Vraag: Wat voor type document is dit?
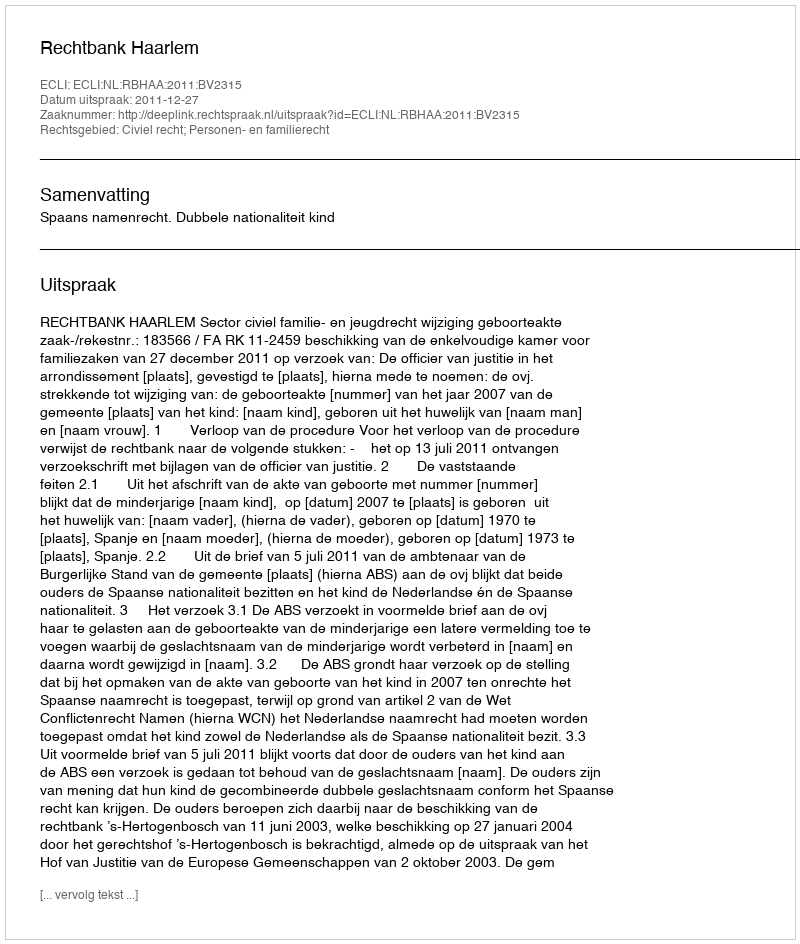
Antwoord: Uitspraak